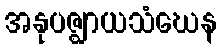
အနုပဇ္ဈာယသံဃေန